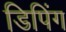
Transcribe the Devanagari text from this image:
डिपिंग